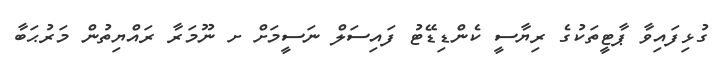
ގުޅިފައިވާ ޕާޓީތަކުގެ ރިޔާސީ ކެންޑިޑޭޓު ފައިސަލް ނަސީމަށް ށ ނޫމަރާ ރައްޔިތުން މަރުޙަބާ